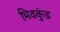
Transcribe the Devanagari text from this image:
भिवकुंड